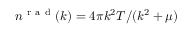
n ^ { \mathrm { ~ r ~ a ~ d ~ } } ( k ) = 4 \pi k ^ { 2 } T / ( k ^ { 2 } + \mu )